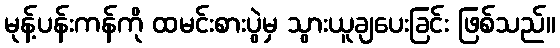
မုန့်ပန်းကန်ကို ထမင်းစားပွဲမှ သွားယူချပေးခြင်း ဖြစ်သည်။